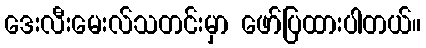
ဒေးလီးမေးလ်သတင်းမှာ ဖော်ပြထားပါတယ်။